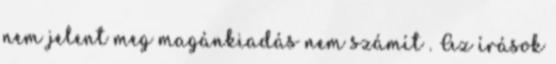
nem jelent meg magánkiadás nem számít . Az írások